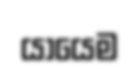
යායෙම